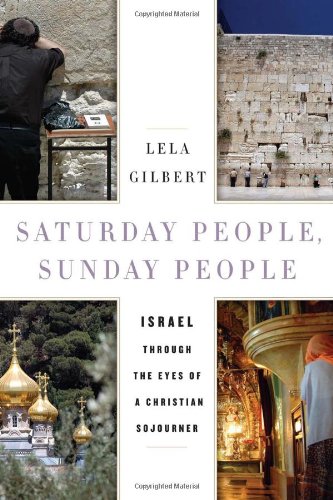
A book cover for Saturday People, Sunday People: Israel through the Eyes of a Christian Sojourner; Lela Gilbert; Religion & Spirituality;